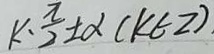
k \cdot \frac { \pi } { 2 } \pm \alpha ( k \in z )